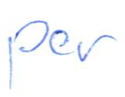
Text: per
Cross-out: clean
Writing tool: ballpoint